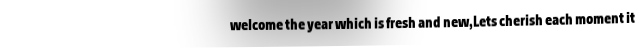
welcome the year which is fresh and new,Lets cherish each moment it